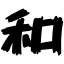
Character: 和